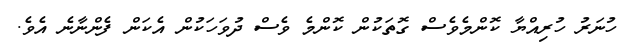
ހުނަރު ހުރިއްޔާ ކޮންމެވެސް ގޮތަކުން ކޮންމެ ވެސް ދުވަހަކުން އެކަން ފެންނާނެ އެވެ.